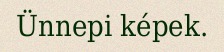
Ünnepi képek.